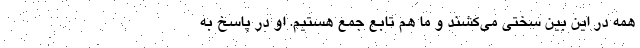
همه در این بین سختی می‌کشند و ما هم تابع جمع هستیم. او در پاسخ به